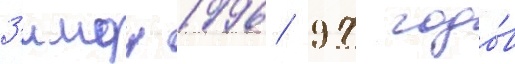
З'имои 1996/ 97 годо́в